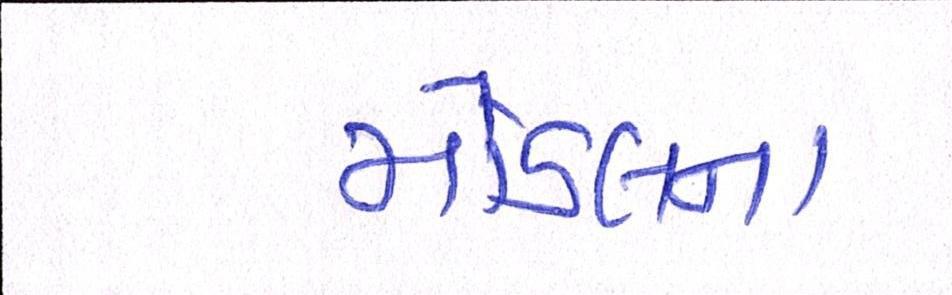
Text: મોડલના